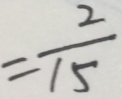
= \frac { 2 } { 1 5 }